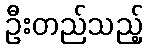
ဦးတည်သည့်